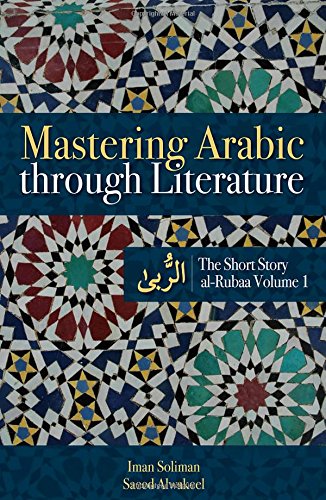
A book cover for Mastering Arabic through Literature: The Short Story: al-Rubaa Volume 1; Iman A. Soliman; Literature & Fiction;